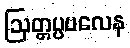
ဩတ္တပ္ပဗလေန